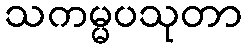
သကမ္မပသုတာ